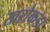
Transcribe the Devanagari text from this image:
खरोकडा